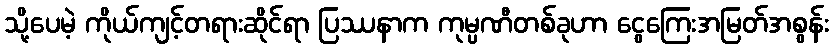
သို့ပေမဲ့ ကိုယ်ကျင့်တရားဆိုင်ရာ ပြဿနာက ကုမ္ပဏီတစ်ခုဟာ ငွေကြေးအမြတ်အစွန်း